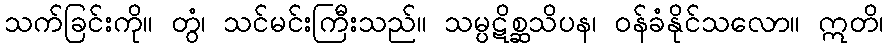
သက်ခြင်းကို။ တွံ၊ သင်မင်းကြီးသည်။ သမ္ပဋိစ္ဆသိပန၊ ဝန်ခံနိုင်သလော။ ဣတိ၊